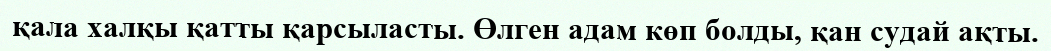
қала халқы қатты қарсыласты. Өлген адам көп болды, қан судай ақты.